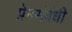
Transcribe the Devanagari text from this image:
प्रेमसंबंधी